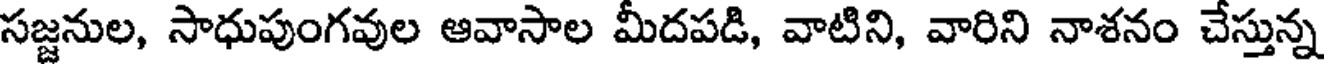
సజ్జనుల, సాధుపుంగవుల ఆవాసాల మీదపడి, వాటిని, వారిని నాశనం చేస్తున్న